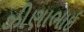
ઝીણાભાઇ